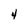
Character: 4